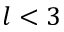
l < 3